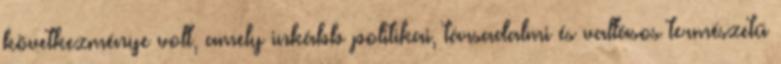
következménye volt, amely inkább politikai, társadalmi és vallásos természetű